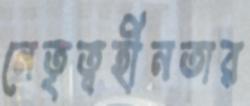
নেতৃত্বহীনতার